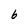
Character: 6